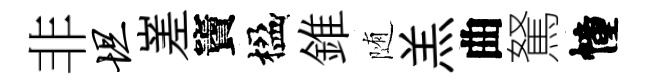
非坦嵳竇楹錐随羔曲駑幢